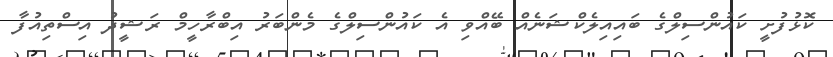
ކޮޅުފުށީ ކައުންސިލްގެ ބައިއިލެކްޝަނެއް ބޭއްވި އެ ކައުންސިލްގެ މެންބަރު އިބްރާހީމް ރަޝީދު އިސްތިއުފާ